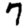
Digit: 7